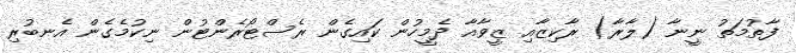
ފާތުމަތު ނީނާ (ލާރާ) ރާކިޒާއި ޒީވާއާ ދެމީހުން ކައިގެން ރެސްޓޯރެންޓުން ނިކުމެގެން އެނބުރި